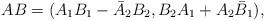
LaTeX: \begin{align*}AB=(A_1B_1-\bar{A}_2B_2,B_2A_1+A_2\bar{B}_1), \end{align*}